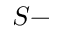
S -